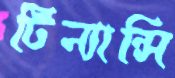
টিন্যান্সি